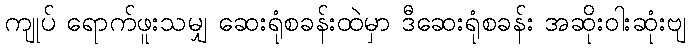
ကျုပ် ရောက်ဖူးသမျှ ဆေးရုံစခန်းထဲမှာ ဒီဆေးရုံစခန်း အဆိုးဝါးဆုံးဗျ